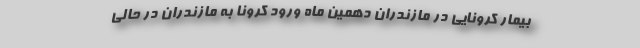
بیمار کرونایی در مازندران دهمین ماه ورود کرونا به مازندران در حالی